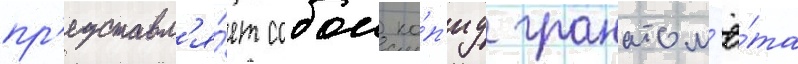
пр'едставл'я́ет собои ко́п'иу гранатом'ё́та